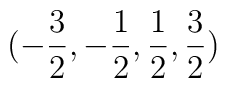
(-\frac{3}{2},-\frac{1}{2},\frac{1}{2},\frac{3}{2})\protect